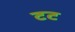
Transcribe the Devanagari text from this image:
टट